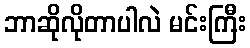
ဘာဆိုလိုတာပါလဲ မင်းကြီး